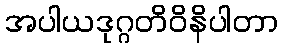
အပါယဒုဂ္ဂတိဝိနိပါတာ